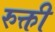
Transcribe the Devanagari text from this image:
रुक्ती